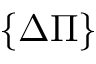
\{ \Delta \Pi \}